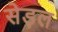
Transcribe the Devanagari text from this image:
सेड़ल